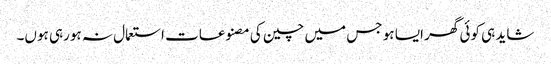
شاید ہی کوئی گھر ایسا ہو جس میں چین کی مصنوعات استعمال نہ ہورہی ہوں۔